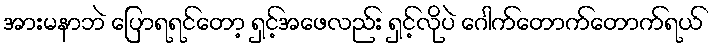
အားမနာဘဲ ပြောရရင်တော့ ရှင့်အဖေလည်း ရှင့်လိုပဲ ဂေါက်တောက်တောက်ရယ်